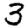
Digit: 3